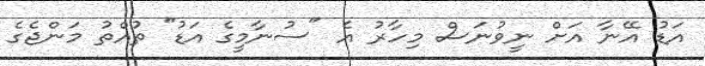
އަޑު އޭނާ އަށް ނީވުނަސް މިހާރު އެ "ސުނާމީގެ އަޑު" ތުއްތު މަންޖެގެ